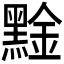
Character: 𪑙